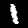
Label: 1